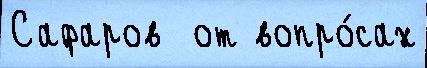
Сафаров  от вопро́сах